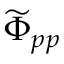
\widetilde \Phi _ { p p }